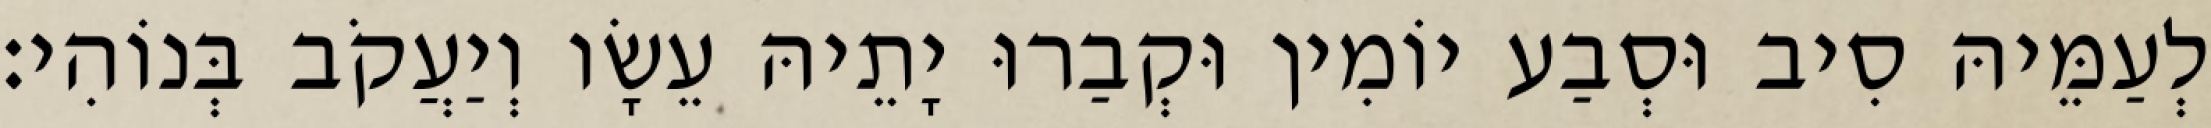
לְעַמֵּיהּ סִיב וּסְבַע יוֹמִין וּקְבַרוּ יָתֵיהּ עֵשָׂו וְיַעֲקֹב בְּנוֹהִי׃